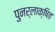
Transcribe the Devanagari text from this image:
पुनर्लाक्षित